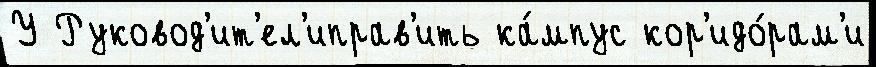
У Руковод'ит'ел'иправ'ить ка́мпус кор'идо́рам'и